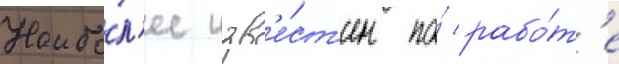
Наибо́л'ее изв'е́ст'ен по́ рабо́т'е